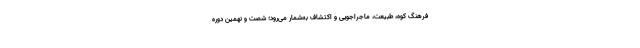
فرهنگ کوه، طبیعت، ماجراجویی و اکتشاف به‌شمار می‌رود؛ شصت و نهمین دوره